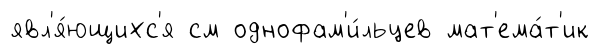
явл'я́ющихс'я см однофам'и́льцев мат'ема́т'ик